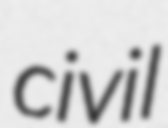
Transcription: civil